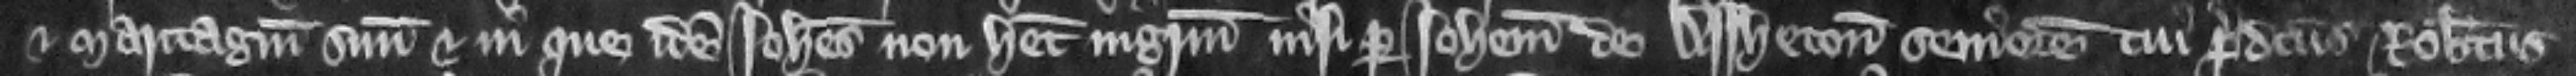
et maritagium suum et in que idem Iohannes non habet ingressum nisi per Iohannem de Assheton seniorem cui predictus Robertus